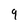
Character: 9